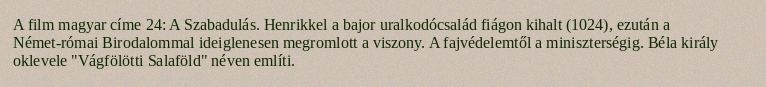
A film magyar címe 24: A Szabadulás. Henrikkel a bajor uralkodócsalád fiágon kihalt (1024), ezután a Német-római Birodalommal ideiglenesen megromlott a viszony. A fajvédelemtől a miniszterségig. Béla király oklevele "Vágfölötti Salaföld" néven említi.